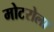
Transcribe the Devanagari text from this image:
मोटरोला